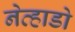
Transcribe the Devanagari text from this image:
नेव्हाडो